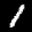
Label: 1